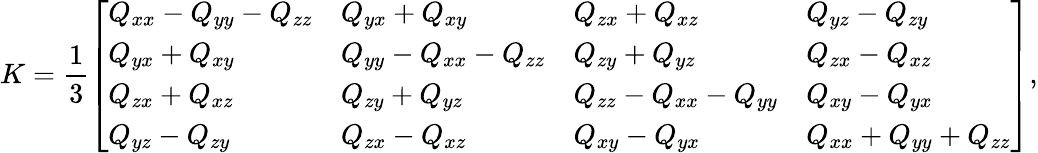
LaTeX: K={\frac{1}{3}}{\left[\begin{array}{llll}{Q_{xx}-Q_{yy}-Q_{zz}}&{Q_{yx}+Q_{xy}}&{Q_{zx}+Q_{xz}}&{Q_{yz}-Q_{zy}}\\ {Q_{yx}+Q_{xy}}&{Q_{yy}-Q_{xx}-Q_{zz}}&{Q_{zy}+Q_{yz}}&{Q_{zx}-Q_{xz}}\\ {Q_{zx}+Q_{xz}}&{Q_{zy}+Q_{yz}}&{Q_{zz}-Q_{xx}-Q_{yy}}&{Q_{xy}-Q_{yx}}\\ {Q_{yz}-Q_{zy}}&{Q_{zx}-Q_{xz}}&{Q_{xy}-Q_{yx}}&{Q_{xx}+Q_{yy}+Q_{zz}}\end{array}\right]},